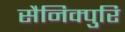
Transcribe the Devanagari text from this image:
सैनिक्पुरि